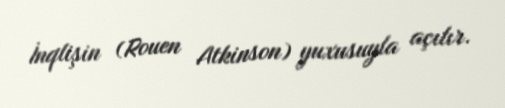
İnqlişin (Rouen Atkinson) yuxusuyla açılır.